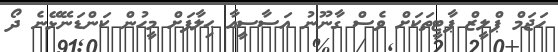
ހަޖަމް ޕްލީޒް ޕާޓީތަކަށް ވެސް ގާނޫނު އަސާސީއާ ޙިލާފަށް މީހުން ކަންޑަނޭޅޭނެ ދޯ